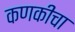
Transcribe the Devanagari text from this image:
कणकीचा